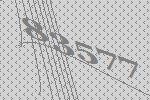
83577